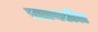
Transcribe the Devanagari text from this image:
चढवलेत